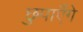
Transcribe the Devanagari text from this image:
छुपाएँगे